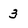
Character: 3